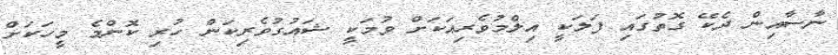
ނާސާއިން ދެކޭ ގޮތުގައި ފަލަކީ އިލްމުވެރިއަކަށް ވުމަކީ ޝައުގުވެރިކަން ހުރި ކޮންމެ މީހަކަށް